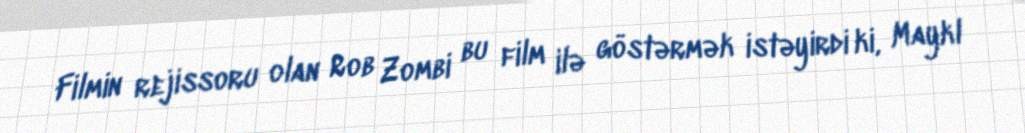
Filmin rejissoru olan Rob Zombi bu film ilə göstərmək istəyirdi ki, Maykl